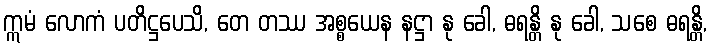
ဣမံ လောကံ ပတိဋ္ဌပေသိ, တေ တဿ အစ္စယေန နဋ္ဌာ နု ခေါ, ဓရန္တိ နု ခေါ, သစေ ဓရန္တိ,